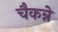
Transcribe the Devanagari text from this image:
चैकन्ने